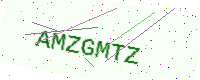
Text: AMZGMTZ